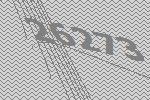
26273